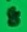
Text: 8